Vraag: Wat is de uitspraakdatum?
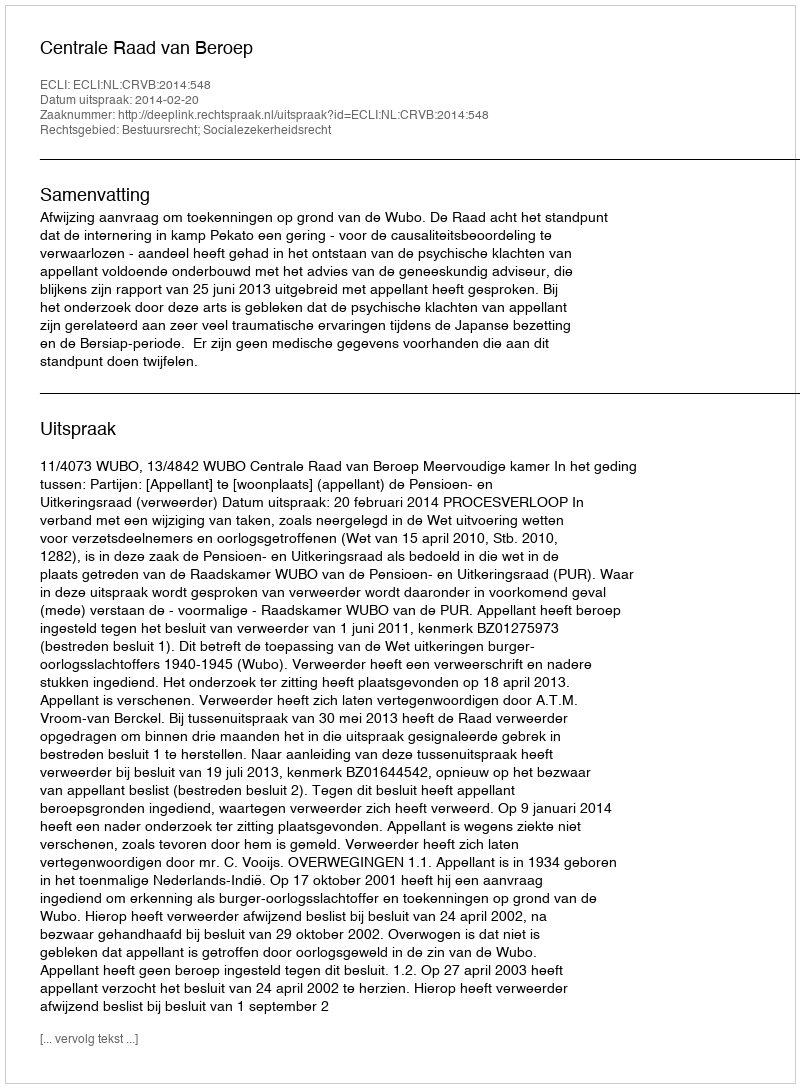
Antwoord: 2014-02-20